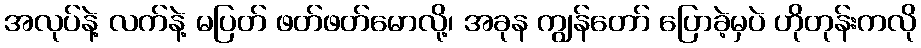
အလုပ်နဲ့ လက်နဲ့ မပြတ် ဖတ်ဖတ်မောလို့၊ အခုန ကျွန်တော် ပြောခဲ့မှပဲ ဟိုတုန်းကလို